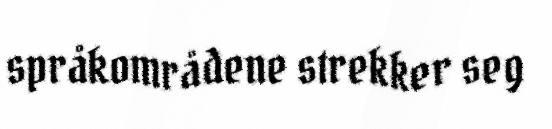
språkområdene strekker seg